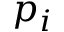
p _ { i }